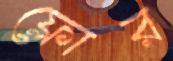
ফ্লোর